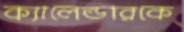
ক্যালেন্ডারকে